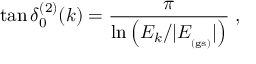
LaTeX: \tan \delta _ { 0 } ^ { ( 2 ) } ( k ) = \frac { \pi } { \ln \left( E _ { k } / | E _ { _ \mathrm { ( g s ) } } | \right) } \; ,